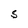
Character: S